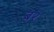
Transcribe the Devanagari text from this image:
ब२